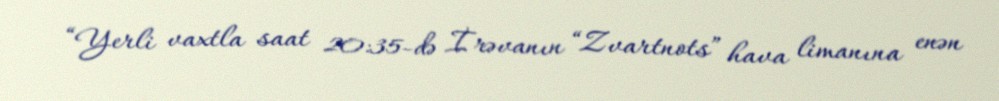
“Yerli vaxtla saat 20:35-də İrəvanın “Zvartnots” hava limanına enən